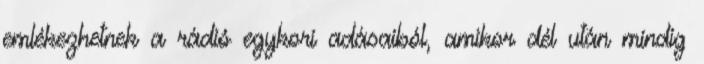
emlékezhetnek a rádió egykori adásaiból, amikor dél után mindig